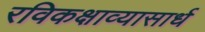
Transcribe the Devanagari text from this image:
रविकक्षाव्यासार्ध